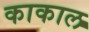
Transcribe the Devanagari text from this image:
काकाल